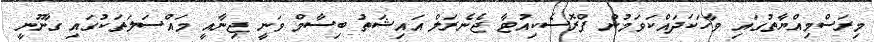
މިރަސްމިއްޔާތުގައި ވާހަކަދައްކަވަމުން ޕްރޮސެކިއުޓާ ޖެނެރަލް އައިޝަތު ބިސާމް ވަނީ ޖިނާއީ މައްސަލަތަކުގައި ގާނޫނީ